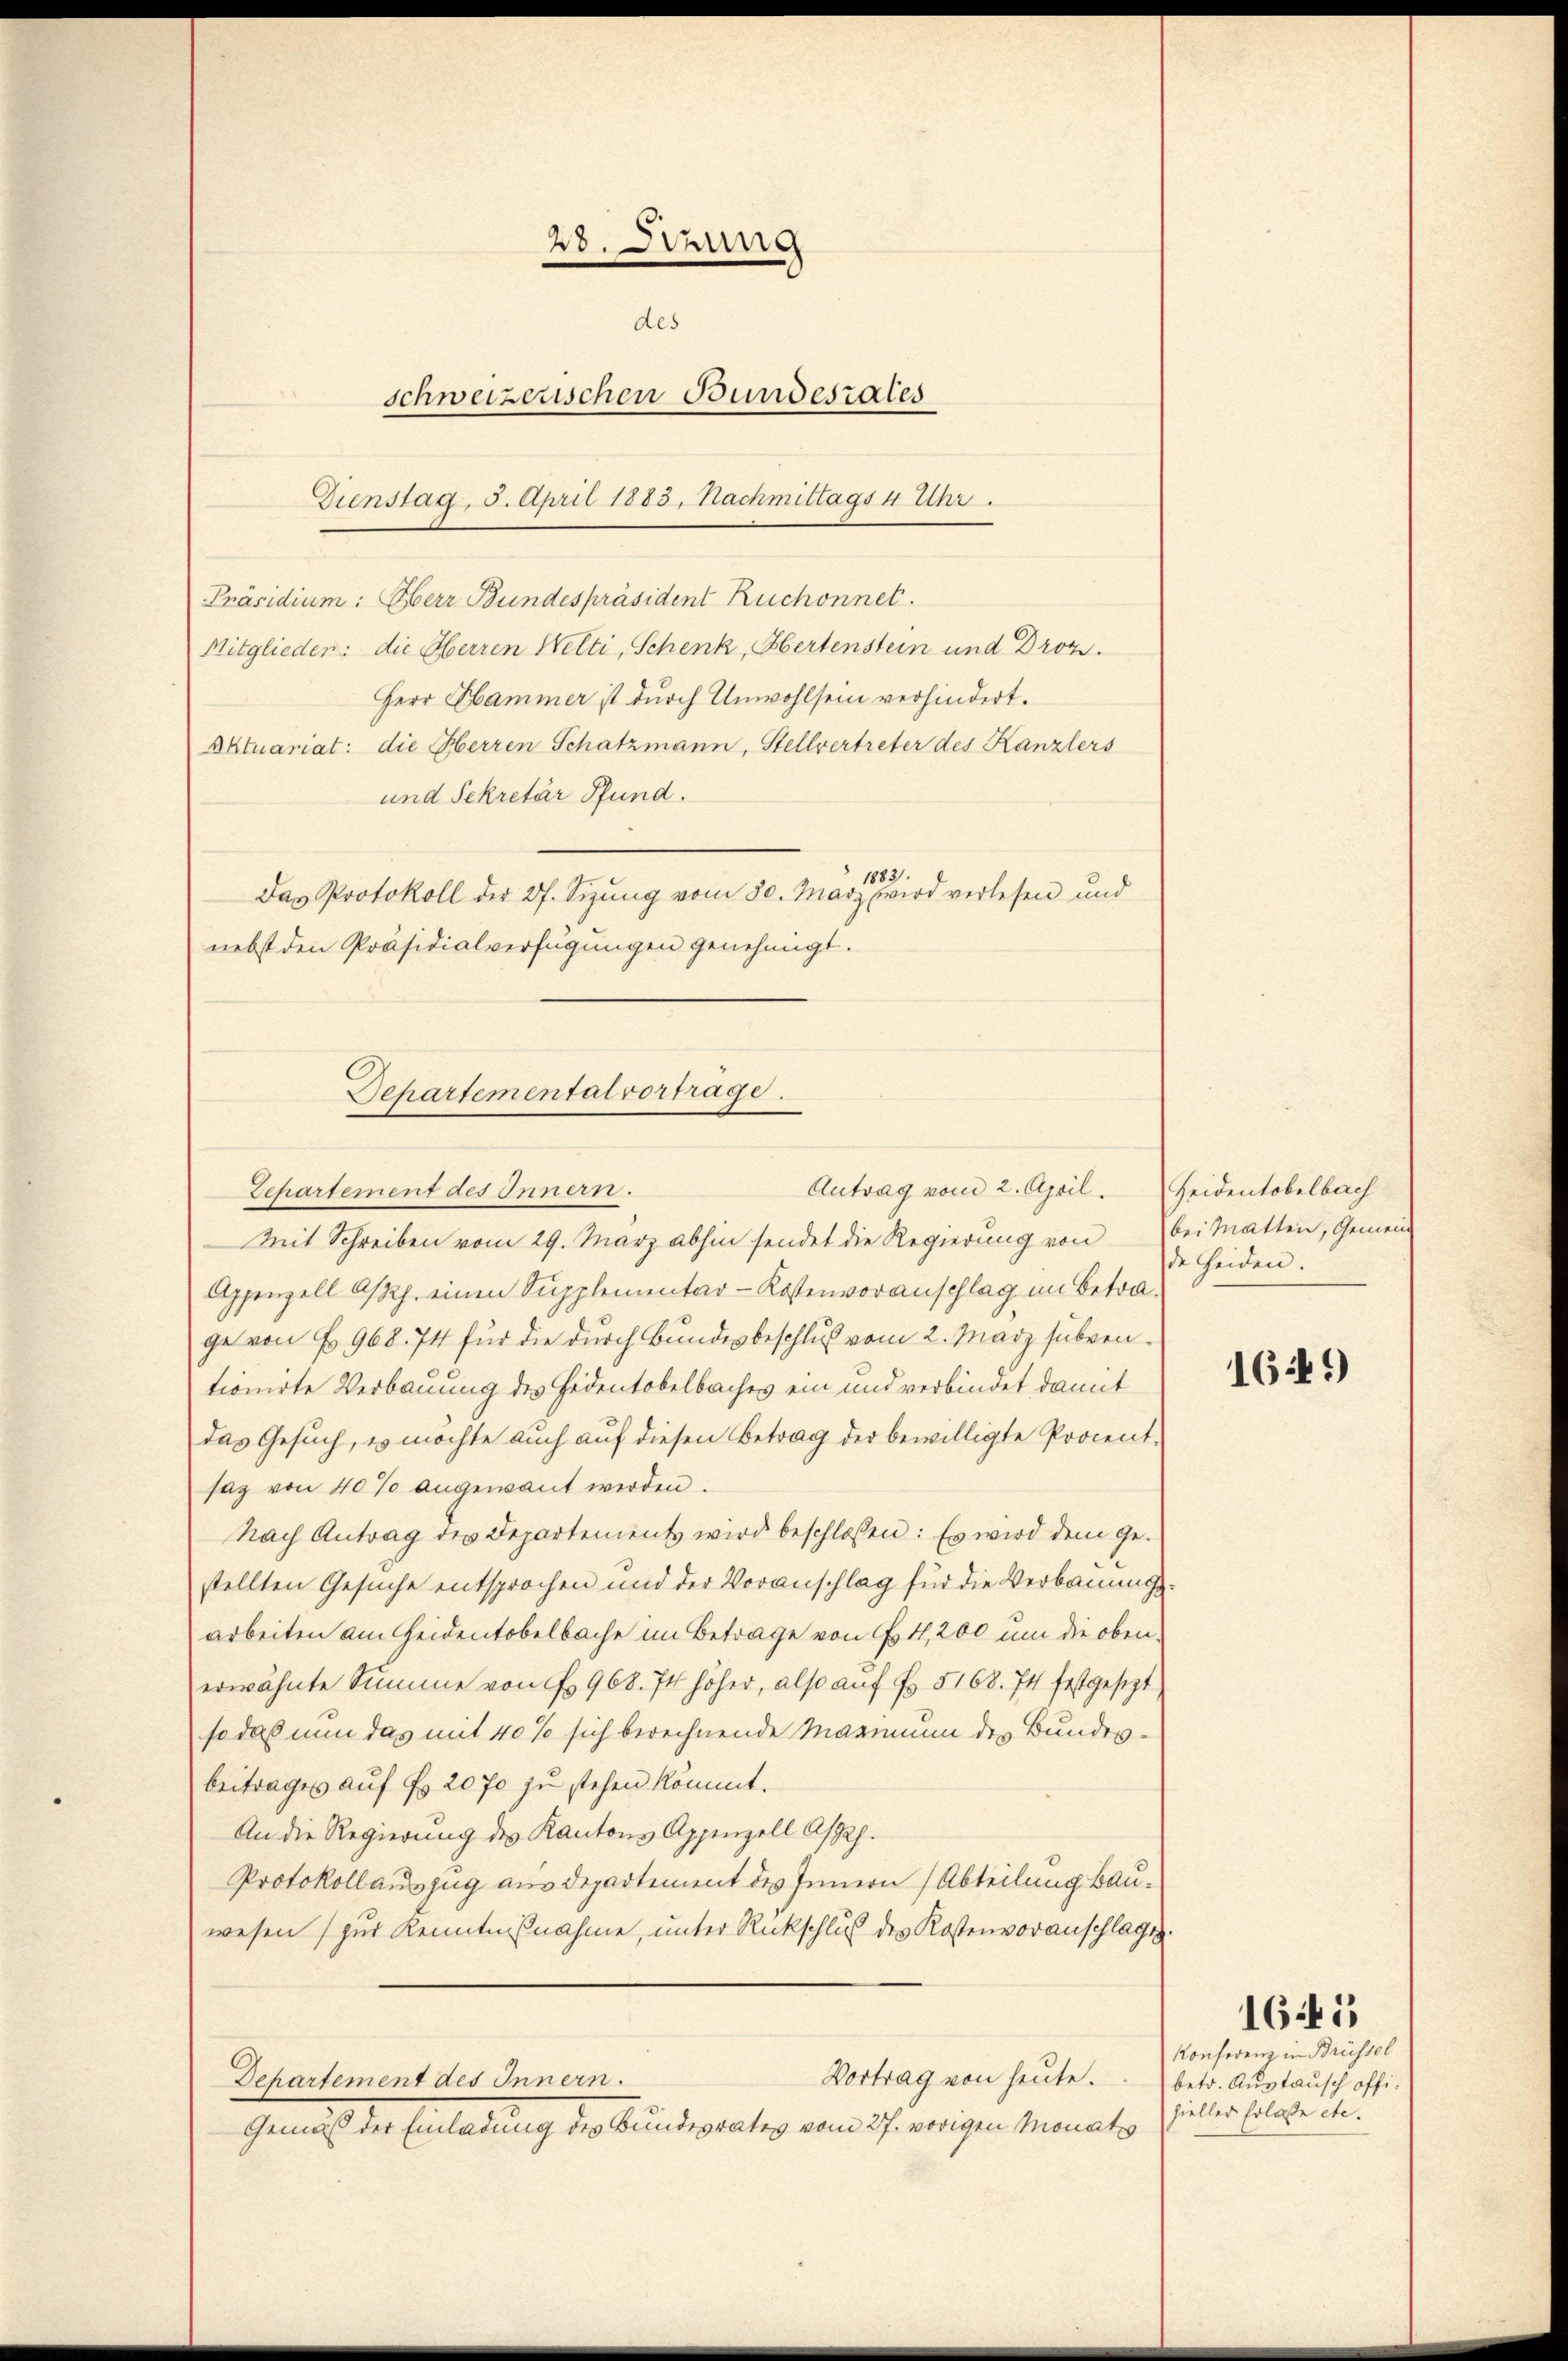
Präsidium: Oberr Bundespräsident Ruchonnet.
Departemental vortrage.
Antrag vom 2. April.
Departement des Innern.

28. Denung
des
schweizerischen Bundesrates
Dienstag. 5. April 1883. Nachmittags 4 Uhr.

Mitglieder: die Oberren Welti, Schenk, Hertenstein und Droz.
Herr Hammer ist durch Unwohlsein verhindert.
und Sekretär Pfund.
83
Das Protokoll der 27. Sizŭng vom 30. März wird verlesen und
nebst den Präsidialverfügungen genehmigt.

Mit Schreiben vom 29. März abhin sendet die Regierung von
Appenzell Asph. einen Supplementar-Kostenvoranschlag im Betrage von § 968. 74 für die durch Bundesbeschluß vom 2. März subventionirte Verbauung des Fedentobelbaches ein und verbindet damit
das Gesuch, es möchte auch auf diesen Betrag der bewilligte Procent-
saz von 40% angewant werden.
nach Antrag des Departements wird beschlossen: Es wird dem Gestellten Gesuche entsprochen und der Voranschlag für die Verbauungsarbeiten am Heidentobelbache im Betrage von Es 4,200 um die obenerwähnte Summe von Fr. 968. 74 höher, also auf Fr. 5168. 74 festgesezt
so das nun das mit 40% sich berechnende Maximum des Bundesbeitrages auf Fr. 2070 zu stehen kommt.
An die Regierung des Kantons Appenzell Aspej.
Protokollauszug aus Departement des Innern (Abteilung bauwesen (zur Kenntnißnahme, unter Rückschluß des Kostenvoranschlage
Vortrag von heute.
Departement des Innern.
Gemäß der Einladung des Bundesrates vom 27. vorigen Monat

Aktuariat: die Oberren Schatzmann, Stellvertreter des Kanzlers

Heidentobelbach
bei Matten, Gemein
de Heiden.

169)

1645

Konferenz in Brüssel
betr. Austausch offizieller Erlasse etc.